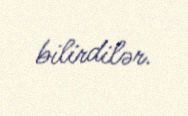
bilirdilər.